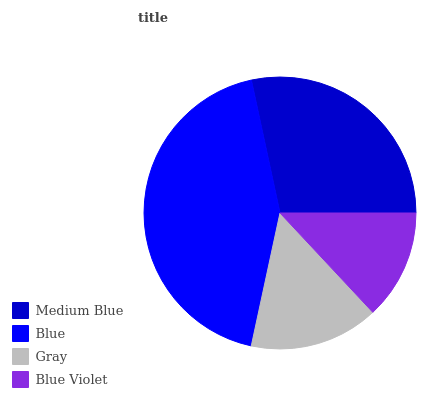
| Medium Blue | Blue | Gray | Blue Violet |
 | --- | --- | --- | --- |
 | 28.3% | 43.3% | 15.3% | 13% |